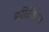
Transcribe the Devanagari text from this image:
ब्रासिलिएन्स